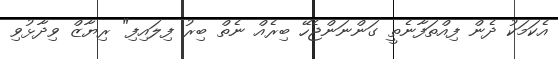
އެކަމަކު ދެން ފިއްތަފާނެތީ ގަންނަންޖެހޭ ބިރެއް ނެތް ބިރު ފިލައިފި" ރިޔާޒް ވިދާޅުވި